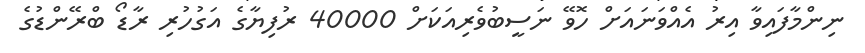
ނިންމާފައިވާ އިރު އެއްވަނައަށް ހޮވޭ ނަސީބުވެރިއަކަށް 40000 ރުފިޔާގެ އަގުހުރި ރާޑޯ ބްރޭންޑުގެ